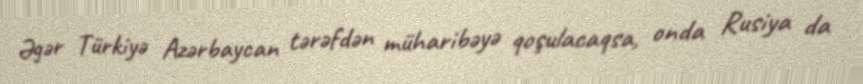
Əgər Türkiyə Azərbaycan tərəfdən müharibəyə qoşulacaqsa, onda Rusiya da